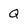
Character: Q